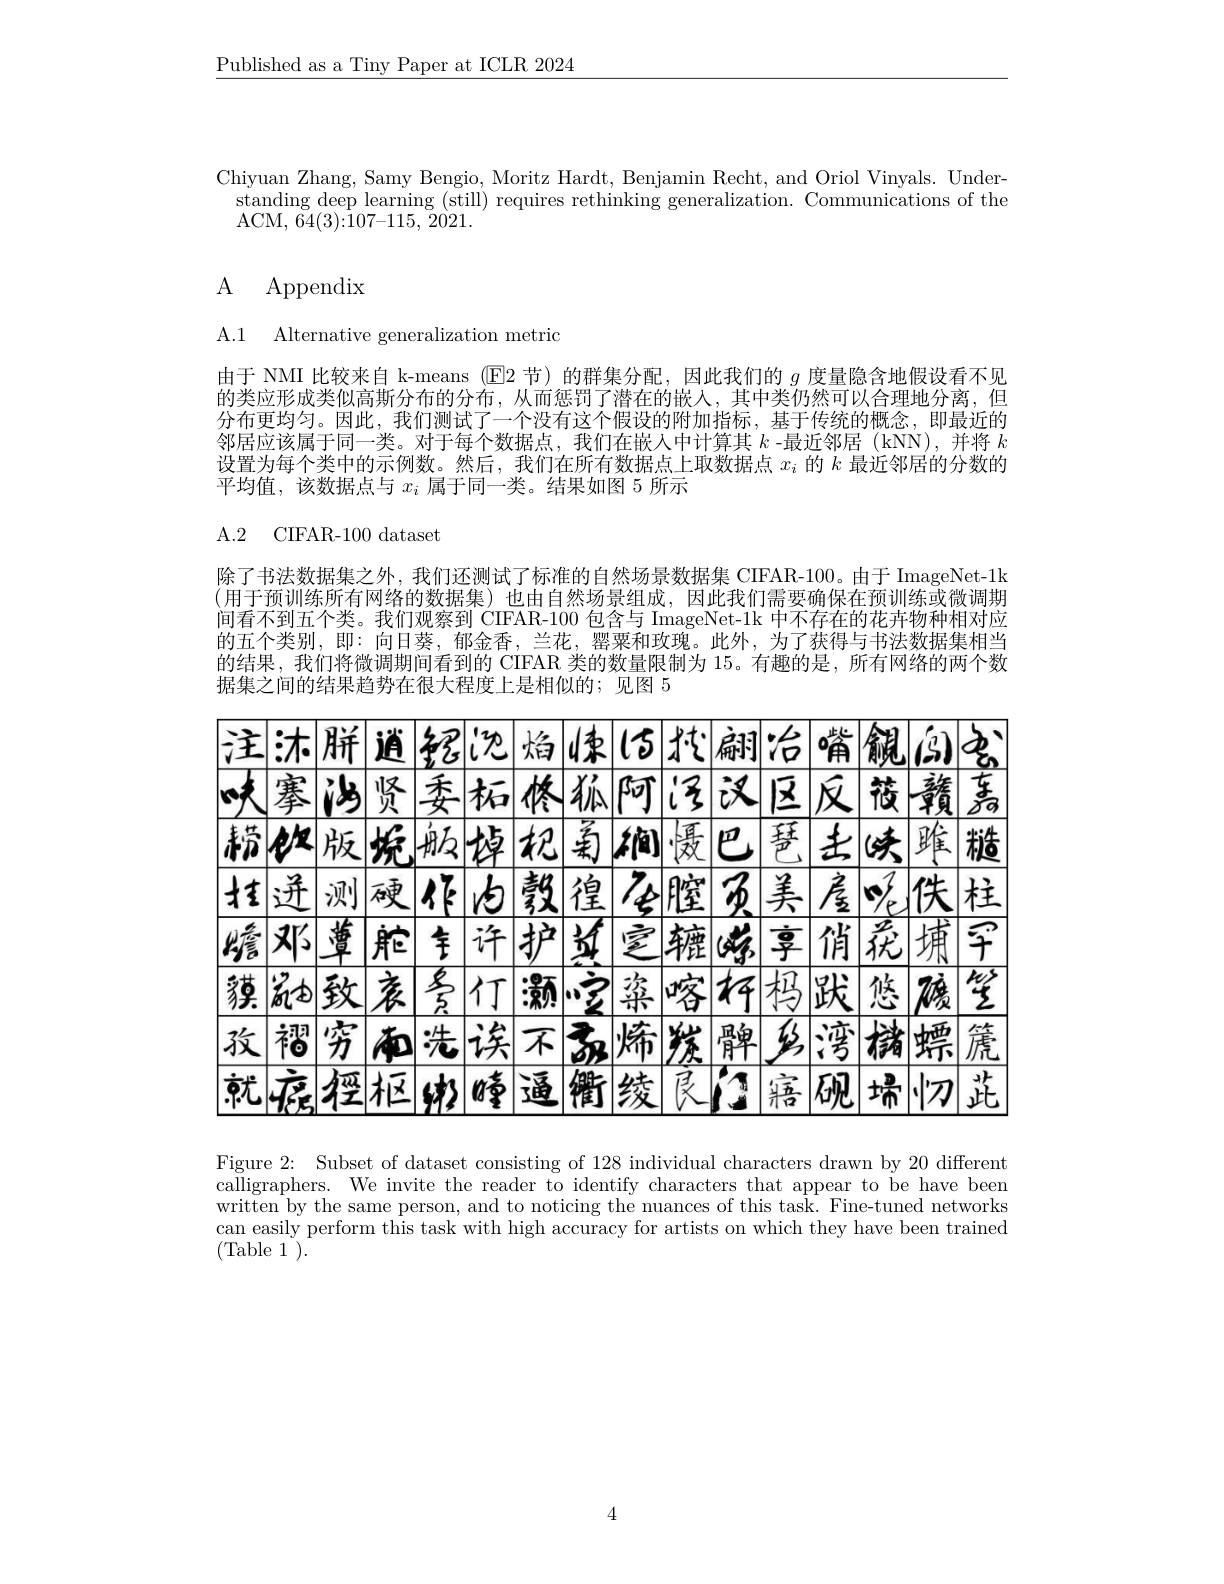
$\underline{\text{Published as a Tiny Paper at ICLR 2024}}$

Chiyuan Zhang, Samy Bengio, Moritz Hardt, Benjamin Recht, and Oriol Vinyals. Under-
standing deep learning (still) requires rethinking generalization. Communications of the
ACM, $\tilde {64}( 3) {: }\tilde{1} 07{- }115, \overset {\sim }{\operatorname* { 2021} }.$

# ${\mathrm{A} }$ ${\mathrm{Appendix}}$

A.1 Alternative generalization metric

由于 NMI 比较来自 k-means (E2 节)的群集分配，因此我们的$g$度量隐含地假设看不见的类应形成类似高斯分布的分布，从而惩罚了潜在的嵌入，其中类仍然可以合理地分离，但分布更均匀。因此，我们测试了一个没有这个假设的附加指标，基于传统的概念，即最近的邻居应该属于同一类。对于每个数据点，我们在嵌人中计算其$k$ -最近邻居(kNN),并将$k$ 设置为每个类中的示例数。然后，我们在所有数据点上取数据点$x_i$的$k$最近邻居的分数的平均值，该数据点与$x_i$属于同一类。结果如图 5 所示

# A. 2 CIFAR-100dataset

除了书法数据集之外，我们还测试了标准的自然场景数据集 CIFAR-100。由于 ImageNet-1k (用于预训练所有网络的数据集)也由自然场景组成，因此我们需要确保在预训练或微调期间看不到五个类。我们观察到 CIFAR-100 包含与 ImageNet-1k 中不存在的花卉物种相对应的五个类别，即：向日葵，郁金香，兰花，罂粟和玫瑰。此外，为了获得与书法数据集相当的结果，我们将微调期间看到的 CIFAR 类的数量限制为 15。有趣的是，所有网络的两个数据集之间的结果趋势在很大程度上是相似的；见图 5

<table>
	<tbody>
		<tr>
			<td>注沐胼逍纪沈</td>
			<td>紀沈 焰 $3|4\leq|15|$ · 1.5 刷冶 $治嘴铺(3)$</td>
		</tr>
		<tr>
			<td>$\textit{赡 邓 }$ $\underline{\underline{\text{蕈}}}$ 舵 全 许 1</td>
			<td>全 许护 计宣 辘 $(ak$享俏花埔罕</td>
		</tr>
		<tr>
			<td>$\frac{\sqrt{\frac{5}{5}}}{3}$ 貘崩致衣 行</td>
			<td>$\overrightarrow{\frac{8}{5}\text{仃}}$ $\because\vert:$ 灏丶室粢喀杯杩践悠磅笙</td>
		</tr>
		<tr>
			<td>孜褶穷 布洗诶 1</td>
			<td>洗 诶不氢烯炭髀乡湾槠螵篪</td>
		</tr>
		<tr>
			<td>就席徑枢 $|(x)|$ $四章$ 11</td>
			<td>由南通衢绫艮阳 寤砚埽忉茈</td>
		</tr>
	</tbody>
</table>

Figure 2: Subset of dataset consisting of 128 individual characters drawn by 20 different calligraphers. We invite the reader to identify characters that appear to be have been written by the same person, and to noticing the nuances of this task. Fine-tuned networks can easily perform this task with high accuracy for artists on which they have been trained (Table 1).